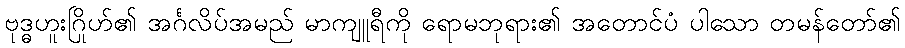
ဗုဒ္ဓဟူးဂြိုဟ်၏ အင်္ဂလိပ်အမည် မာကျူရီကို ရောမဘုရား၏ အတောင်ပံ ပါသော တမန်တော်၏